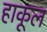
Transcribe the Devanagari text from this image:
हाकूल